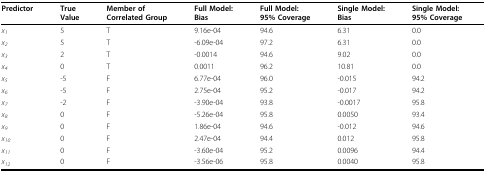
| Predictor | True Value | Member of Correlated Group | Full Model: Bias | Full Model: 95% Coverage | Single Model: Bias | Single Model: 95% Coverage |
 | --- | --- | --- | --- | --- | --- | --- |
 | x1 | 5 | T | 9.16e-04 | 94.6 | 6.31 | 0.0 |
 | x2 | 5 | T | -6.09e-04 | 97.2 | 6.31 | 0.0 |
 | x3 | 2 | T | -0.0014 | 94.6 | 9.02 | 0.0 |
 | x4 | 0 | T | 0.0011 | 96.2 | 10.81 | 0.0 |
 | x5 | -5 | F | 6.77e-04 | 96.0 | -0.015 | 94.2 |
 | x6 | -5 | F | 2.75e-04 | 95.2 | -0.017 | 94.2 |
 | x7 | -2 | F | -3.90e-04 | 93.8 | -0.0017 | 95.8 |
 | x8 | 0 | F | -5.26e-04 | 95.8 | 0.0050 | 93.4 |
 | x9 | 0 | F | 1.86e-04 | 94.6 | -0.012 | 94.6 |
 | x10 | 0 | F | 2.47e-04 | 94.4 | 0.012 | 95.8 |
 | x11 | 0 | F | -3.60e-04 | 95.2 | 0.0096 | 94.4 |
 | x12 | 0 | F | -3.56e-06 | 95.8 | 0.0040 | 95.8 |